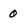
Character: 0